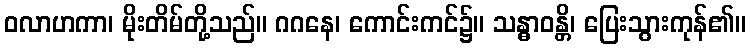
ဝလာဟကာ၊ မိုးတိမ်တို့သည်။ ဂဂနေ၊ ကောင်းကင်၌။ သန္ဓာဝန္တိ၊ ပြေးသွားကုန်၏။